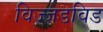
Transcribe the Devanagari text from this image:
विज्जडविड